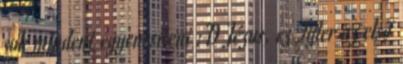
sok mindent egyenesíteni :D Jézus, ez Tyler az első